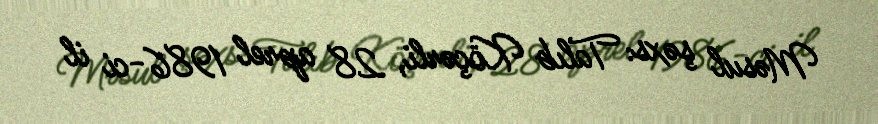
Məsul şəxs: Talıb Köçərli, 28 aprel 1986-ci il